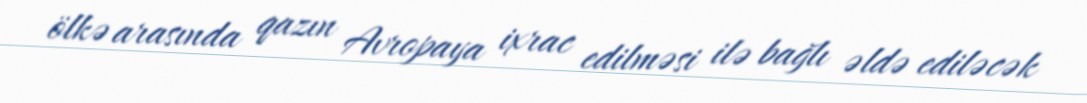
ölkə arasında qazın Avropaya ixrac edilməsi ilə bağlı əldə ediləcək